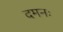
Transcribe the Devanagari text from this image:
दमनः